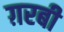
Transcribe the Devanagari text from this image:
ग़रबी